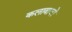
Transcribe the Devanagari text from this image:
कलाबाजों